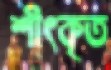
শীৎকৃত